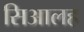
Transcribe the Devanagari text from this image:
सिआलह